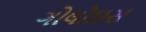
ગોલોઇસ